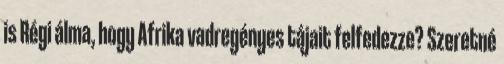
is Régi álma, hogy Afrika vadregényes tájait felfedezze? Szeretné